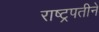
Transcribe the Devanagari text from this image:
राष्ट्रपतीने